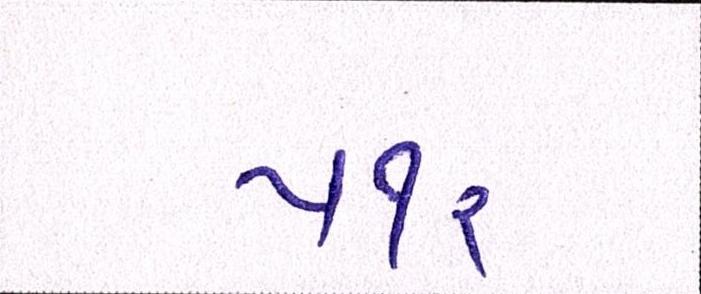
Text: ૫૧૨